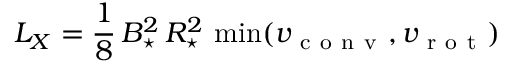
L _ { X } = \frac 1 8 \, B _ { \star } ^ { 2 } \, R _ { \star } ^ { 2 } \, \operatorname* { m i n } ( v _ { \mathrm { ~ c ~ o ~ n ~ v ~ } } , v _ { \mathrm { ~ r ~ o ~ t ~ } } )